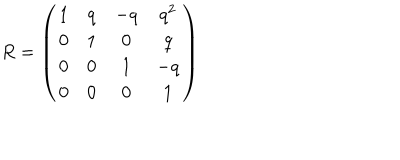
LaTeX: R = \left( \begin{array} { c c c c } { { 1 } } & { { q } } & { { - q } } & { { q ^ { 2 } } } \\ { { 0 } } & { { 1 } } & { { 0 } } & { { q } } \\ { { 0 } } & { { 0 } } & { { 1 } } & { { - q } } \\ { { 0 } } & { { 0 } } & { { 0 } } & { { 1 } } \\ \end{array} \right)